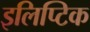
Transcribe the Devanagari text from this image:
इलिप्टिक